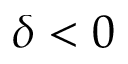
\delta < 0